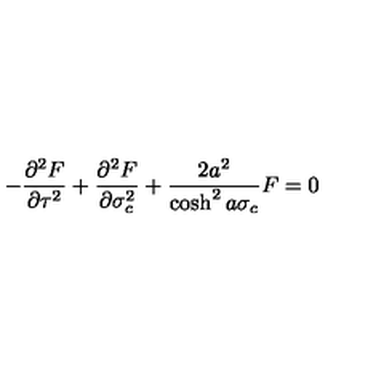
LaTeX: - \frac { { \partial } ^ { 2 } F } { { \partial } \tau ^ { 2 } } + \frac { { \partial } ^ { 2 } F } { { \partial } \sigma _ { c } ^ { 2 } } + \frac { 2 a ^ { 2 } } { \cosh ^ { 2 } a \sigma _ { c } } F = 0